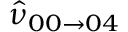
\hat { \nu } _ { 0 0 \rightarrow 0 4 }